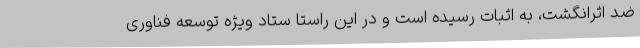
ضد اثرانگشت، به اثبات رسیده است و در این راستا ستاد ویژه توسعه فناوری